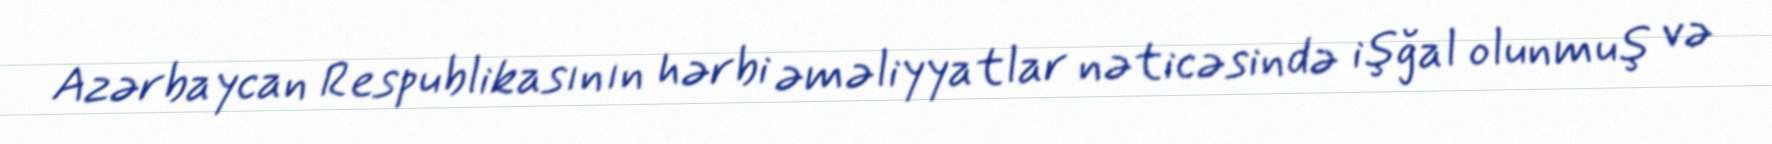
Azərbaycan Respublikasının hərbi əməliyyatlar nəticəsində işğal olunmuş və